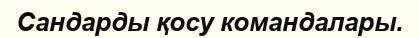
Сандарды қосу командалары.